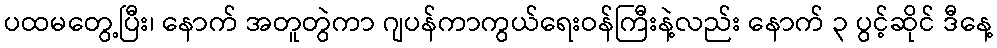
ပထမတွေ့ပြီး၊ နောက် အတူတွဲကာ ဂျပန်ကာကွယ်ရေးဝန်ကြီးနဲ့လည်း နောက် ၃ ပွင့်ဆိုင် ဒီနေ့